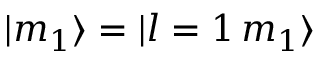
| m _ { 1 } \rangle = | l = 1 \, m _ { 1 } \rangle